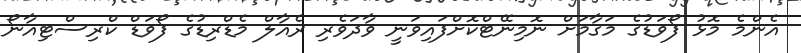
އެންމެ މޮޅު ފޯވަޑުގެ މަގާމަށް ނޮމިނޭޓްކޮށްފައިވަނީ ވާދަވެރި ރެއާލް މެޑްރިޑުގެ ފޯވަޑް ކްރިސްޓިއާނޯ